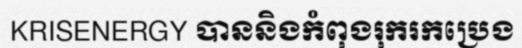
KRISENERGY បាននិងកំពុងរុករកប្រេង